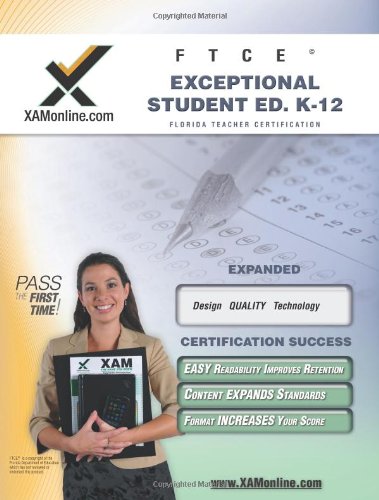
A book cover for FTCE Exceptional Student Education K-12 Teacher Certification Test Prep Study Guide (XAM FTCE); Sharon Wynne; Test Preparation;